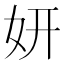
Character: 妍